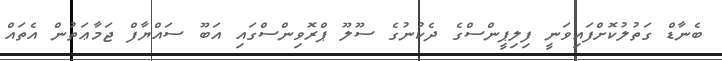
ބެނާޑް ގަތުލުކޮށްފައިވަނީ ފިލިޕީންސްގެ ދެކުނުގެ ސޫލޫ ޕްރޮވިންސްގައި އަބޫ ސައްޔާފް ޖަމާޢަތުން އެތައް